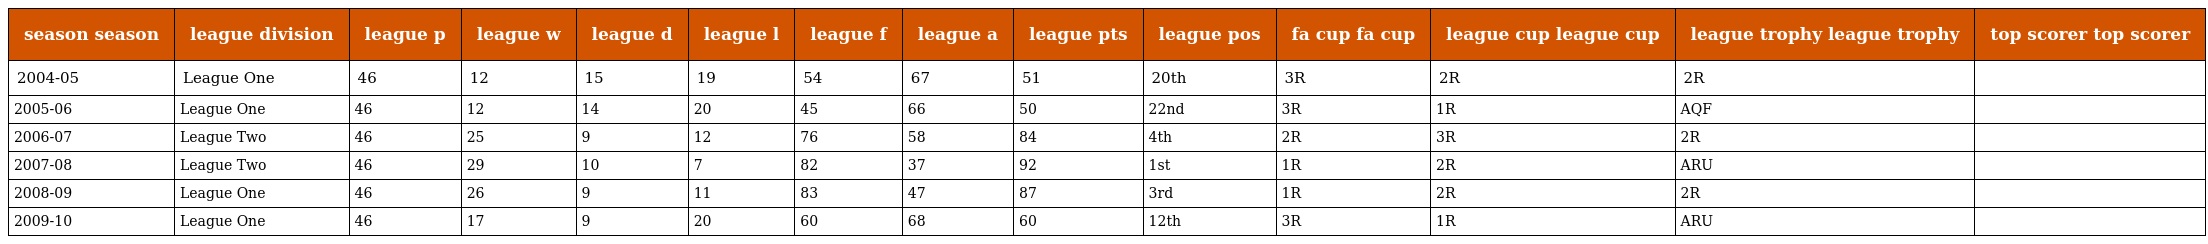
| season season | league division | league p | league w | league d | league l | league f | league a | league pts | league pos | fa cup fa cup | league cup league cup | league trophy league trophy | top scorer top scorer |
 | --- | --- | --- | --- | --- | --- | --- | --- | --- | --- | --- | --- | --- | --- |
 | 2004-05 | League One | 46 | 12 | 15 | 19 | 54 | 67 | 51 | 20th | 3R | 2R | 2R |  |
 | 2005-06 | League One | 46 | 12 | 14 | 20 | 45 | 66 | 50 | 22nd | 3R | 1R | AQF |  |
 | 2006-07 | League Two | 46 | 25 | 9 | 12 | 76 | 58 | 84 | 4th | 2R | 3R | 2R |  |
 | 2007-08 | League Two | 46 | 29 | 10 | 7 | 82 | 37 | 92 | 1st | 1R | 2R | ARU |  |
 | 2008-09 | League One | 46 | 26 | 9 | 11 | 83 | 47 | 87 | 3rd | 1R | 2R | 2R |  |
 | 2009-10 | League One | 46 | 17 | 9 | 20 | 60 | 68 | 60 | 12th | 3R | 1R | ARU |  |